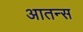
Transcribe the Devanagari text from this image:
आतन्स